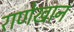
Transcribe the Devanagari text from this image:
राणेखान